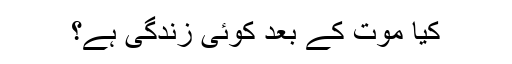
کیا موت کے بعد کوئی زندگی ہے؟